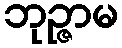
ဘုဉ္ဇာမ